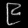
Digit: ၉